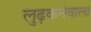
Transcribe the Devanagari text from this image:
लुढ़कनेवाला